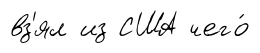
вз'ял из США чего́